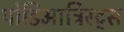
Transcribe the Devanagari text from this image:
पोडिआट्रिस्ट्स